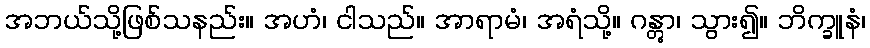
အဘယ်သို့ဖြစ်သနည်း။ အဟံ၊ ငါသည်။ အာရာမံ၊ အရံသို့။ ဂန္တွာ၊ သွား၍။ ဘိက္ခူနံ၊